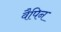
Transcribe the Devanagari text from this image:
वैपिन